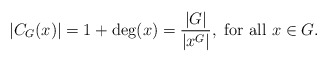
\begin{align*}|C_G(x)| = 1+ \deg(x) = {\frac{|G|}{|x^G|}}, \textrm{ for all }x\in G. \end{align*}